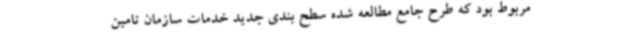
مربوط بود که طرح جامع مطالعه شده سطح بندی جدید خدمات سازمان تامین